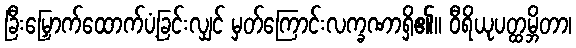
ခြီးမြှောက်ထောက်ပံ့ခြင်းလျှင် မှတ်ကြောင်းလက္ခဏာရှိ၏။ ဝီရိယုပတ္ထမ္ဘိတာ၊